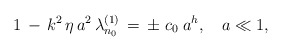
\begin{align*}1 \, - \, k^2 \, \eta \, a^2 \, \lambda_{n_{0}}^{(1)} \, = \, \pm \; c_0\; a^h,\; ~~ a \ll 1,\end{align*}